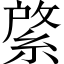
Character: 綮